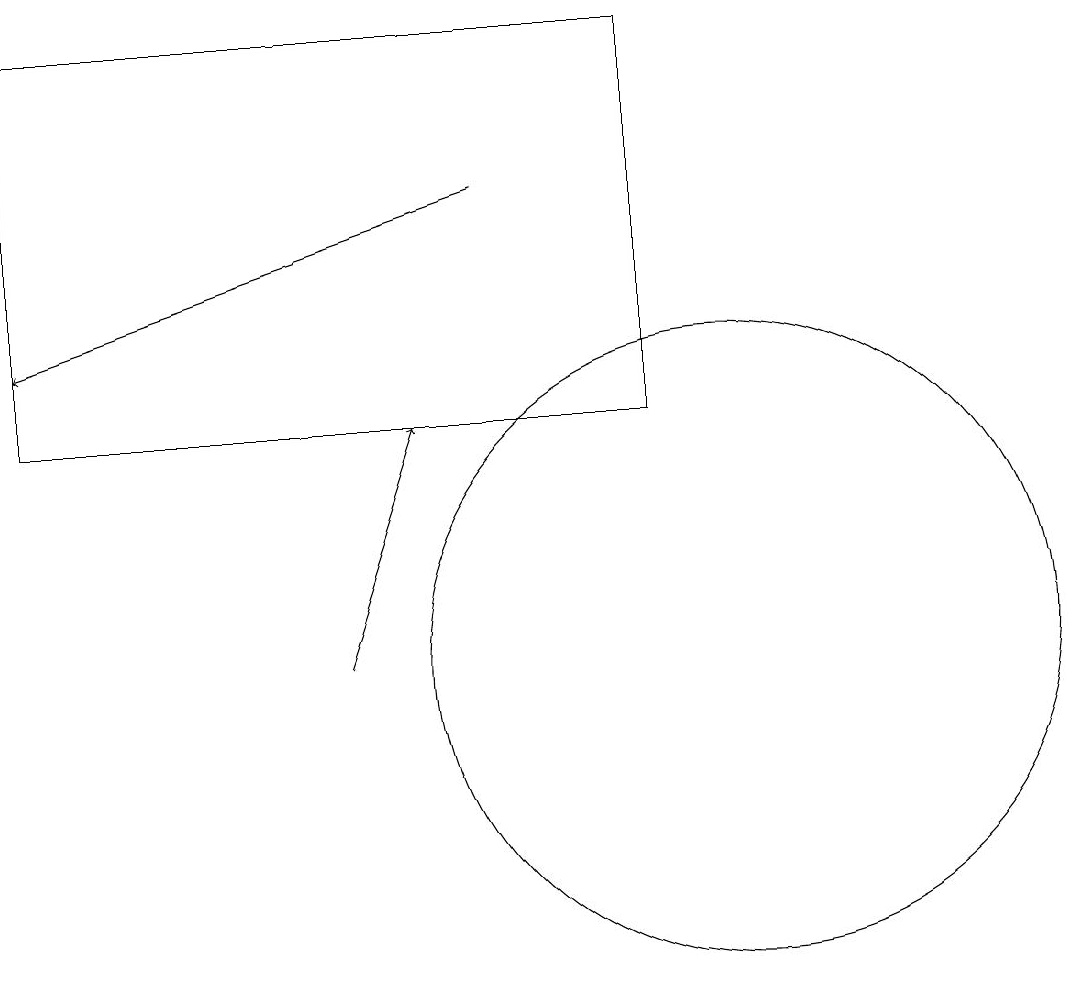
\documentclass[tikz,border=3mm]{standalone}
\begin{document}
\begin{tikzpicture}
\draw[->] (7,16) -- (1,14);
\draw[->] (5,10) -- (6,13);
\draw (9,13) rectangle (1,18);
\draw (10,10) circle (4);
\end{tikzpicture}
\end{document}